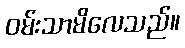
ဝမ်းသာမိလေသည်။